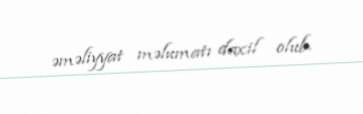
əməliyyat məlumatı daxil olub.